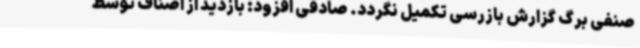
صنفی برگ گزارش بازرسی تکمیل نگردد. صادقی افزود: بازدید از اصناف توسط